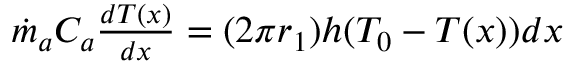
\begin{array} { r } { { \dot { m } } _ { a } C _ { a } \frac { d T ( x ) } { d x } = ( 2 { \pi r } _ { 1 } ) h ( T _ { 0 } - T ( x ) ) d x } \end{array}